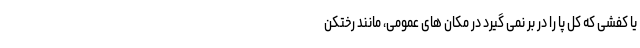
یا کفشی که کل پا را در بر نمی گیرد در مکان های عمومی، مانند رختکن